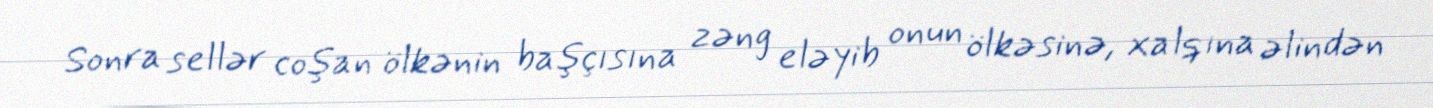
Sonra sellər coşan ölkənin başçısına zəng eləyib onun ölkəsinə, xalqına əlindən